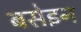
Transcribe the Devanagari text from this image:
बसेइन